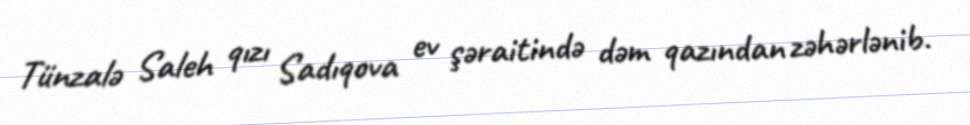
Tünzalə Saleh qızı Sadıqova ev şəraitində dəm qazından zəhərlənib.